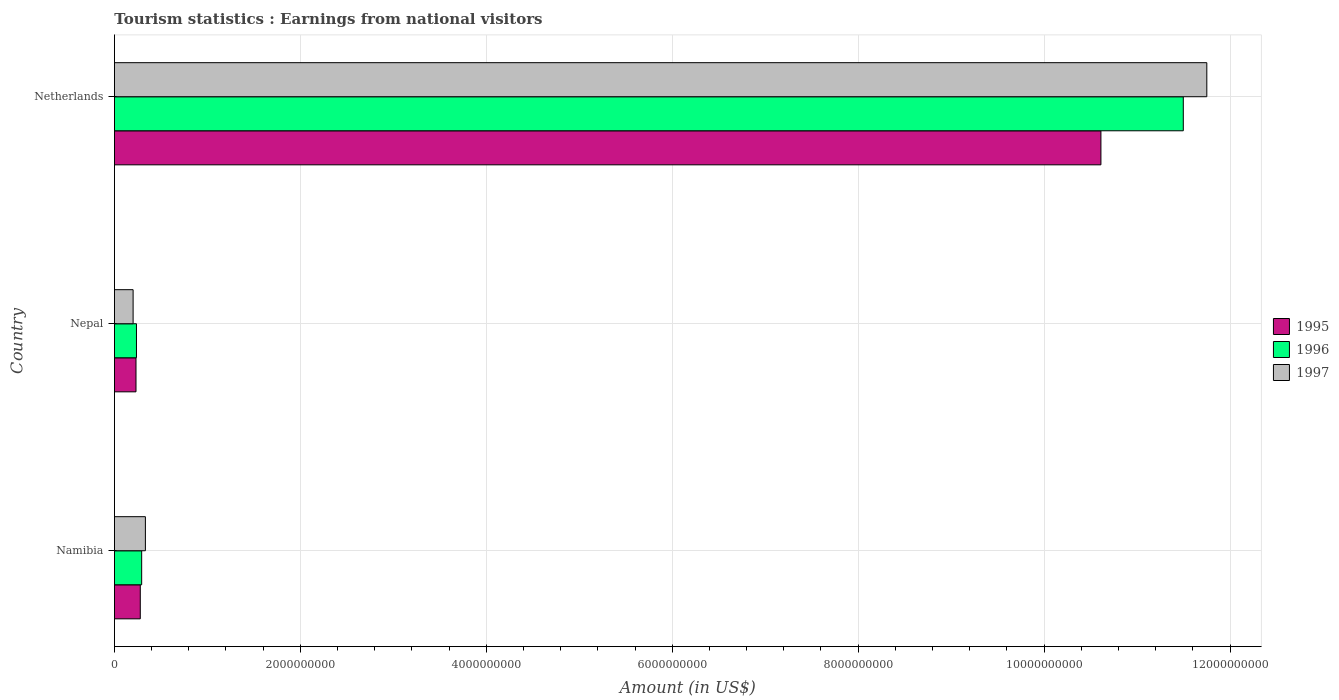
| Country | 1995 | 1996 | 1997 |
 | --- | --- | --- | --- |
 | Namibia | 2.78e+08 | 2.93e+08 | 3.33e+08 |
 | Nepal | 2.32e+08 | 2.37e+08 | 2.01e+08 |
 | Netherlands | 1.06e+10 | 1.15e+10 | 1.18e+10 |